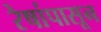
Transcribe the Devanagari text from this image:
रेषांपासून